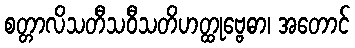
စတ္တာလိသတီသဝီသတိဟတ္ထုဗ္ဗေဓာ၊ အတောင်